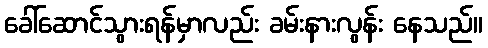
ခေါ်ဆောင်သွားရန်မှာလည်း ခမ်းနားလွန်း နေသည်။